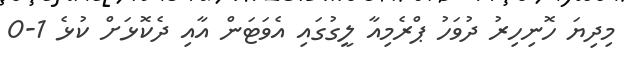
މިދިޔަ ހޮނިހިރު ދުވަހު ޕްރެމިއާ ލީގުގައި އެވަޓަން އާއި ދެކޮޅަށް ކުޅެ 1-0